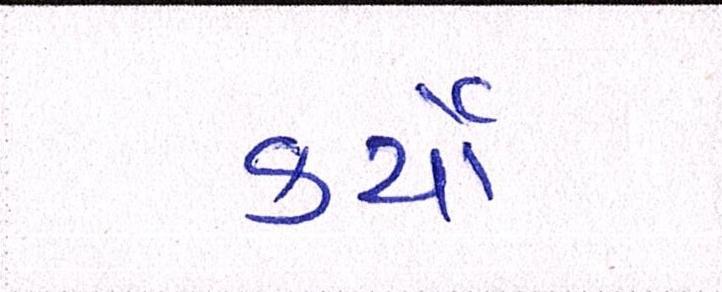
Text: કર્યાં